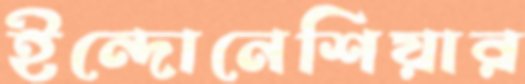
ইন্দোনেশিয়ার